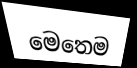
මෙතෙම